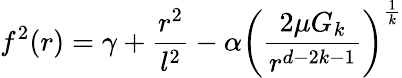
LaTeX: f^{2}(r)=\gamma+\frac{r^{2}}{l^{2}}-\alpha\left(\frac{2\mu G_{k}}{r^{d-2k-1}}\right)^{\frac{1}{k}}